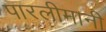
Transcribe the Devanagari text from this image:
पारलीमानी